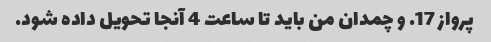
پرواز 17. و چمدان من باید تا ساعت 4 آنجا تحویل داده شود.